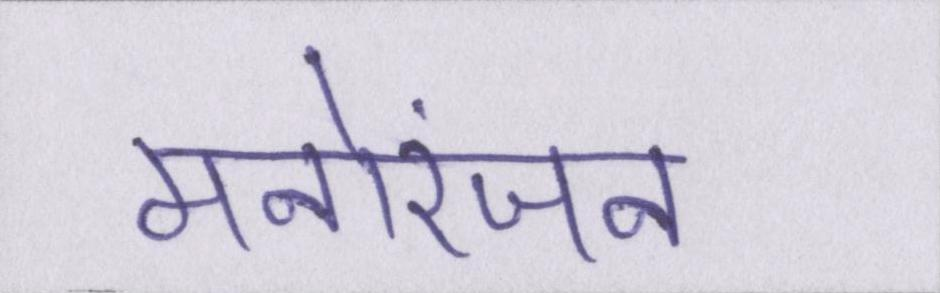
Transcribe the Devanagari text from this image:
मनोरंजन